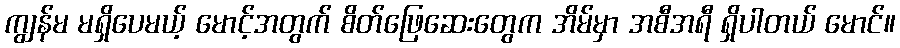
ကျွန်မ မရှိပေမယ့် မောင့်အတွက် စိတ်ဖြေဆေးတွေက အိမ်မှာ အစီအရီ ရှိပါတယ် မောင်။